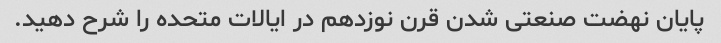
پایان نهضت صنعتی شدن قرن نوزدهم در ایالات متحده را شرح دهید.